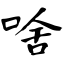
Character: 啥